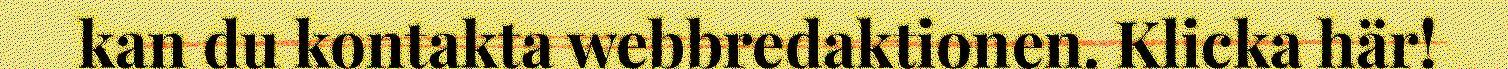
kan du kontakta webbredaktionen. Klicka här!